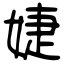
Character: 婕